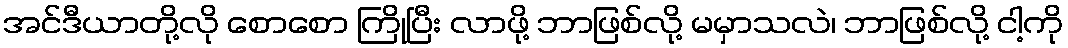
အင်ဒီယာတို့လို စောစော ကြိုပြီး လာဖို့ ဘာဖြစ်လို့ မမှာသလဲ၊ ဘာဖြစ်လို့ ငါ့ကို